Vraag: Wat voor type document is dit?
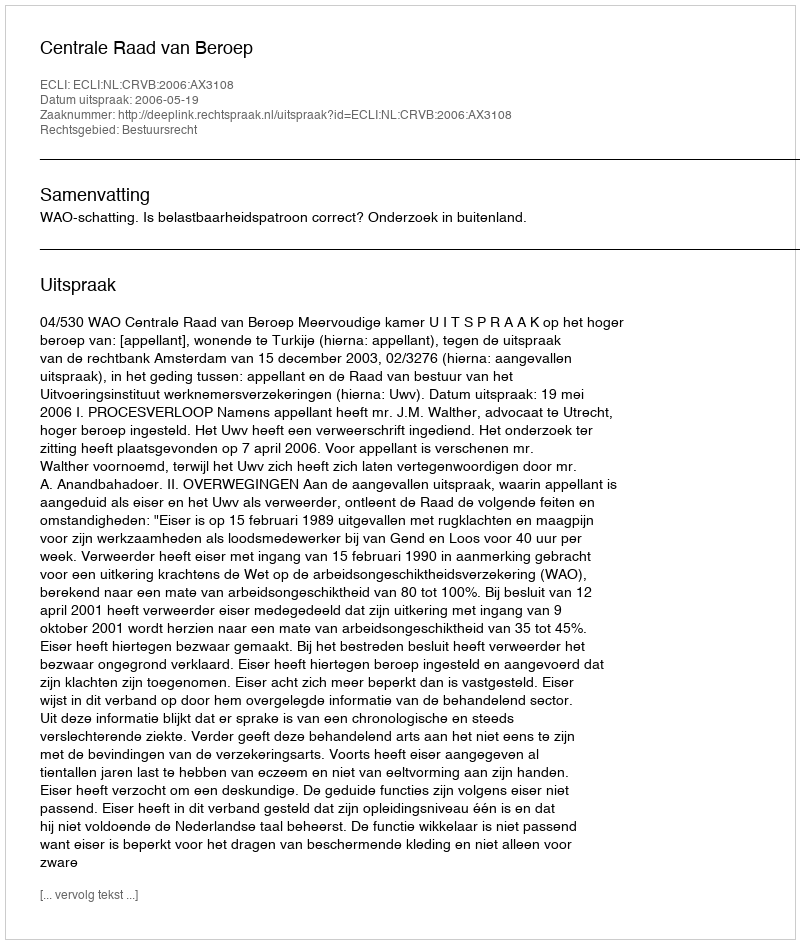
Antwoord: Uitspraak